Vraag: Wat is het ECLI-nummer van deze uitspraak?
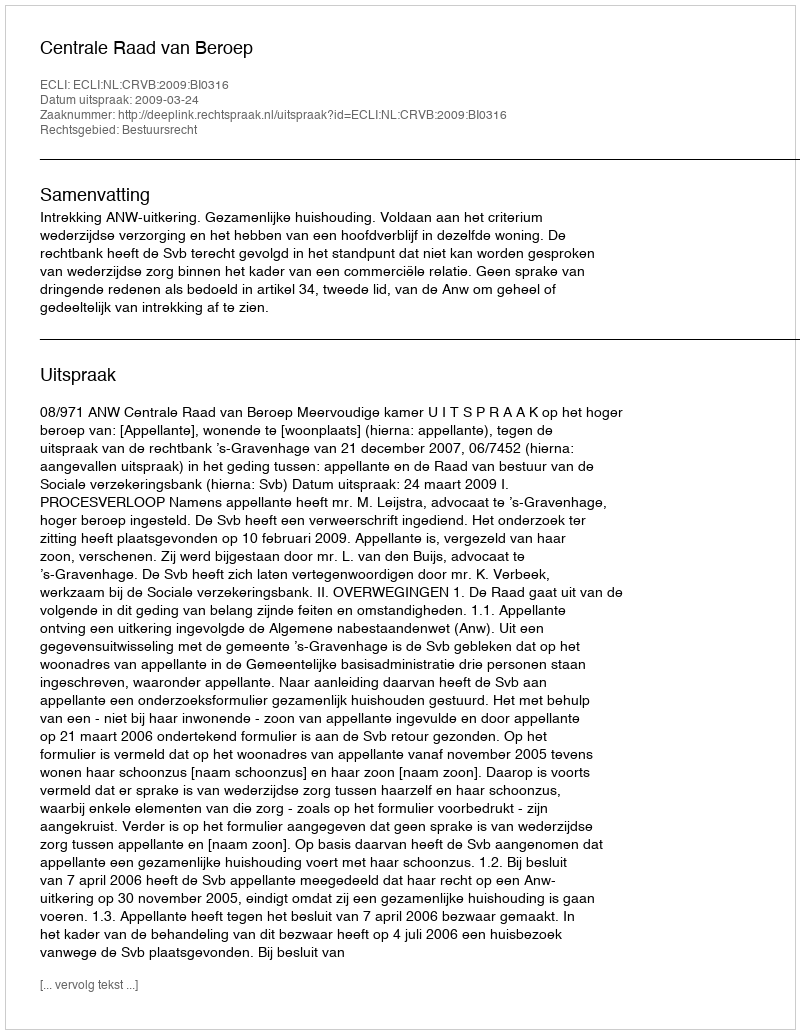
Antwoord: ECLI:NL:CRVB:2009:BI0316